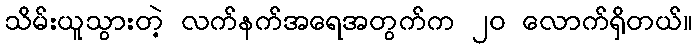
သိမ်းယူသွားတဲ့ လက်နက်အရေအတွက်က ၂၀ လောက်ရှိတယ်။